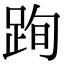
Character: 𨀴